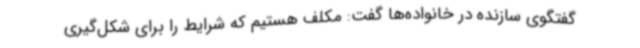
گفتگوی سازنده در خانواده‌ها گفت: مکلف هستیم که شرایط را برای شکل‌گیری